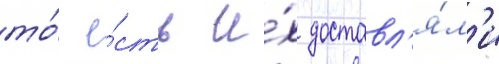
то́ е́сть и́х доставл'я́л'и